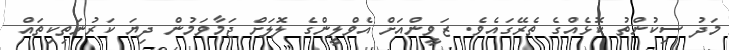
މަދު ސިކުންތު ކޮޅެއްގެ ތެރޭގައެވެ. ޒަވީންއަށް އެވްލީންގެ ލޮލަށް ޖަމާވަމުން ދިޔަ ކަރުނަތިކިތައް